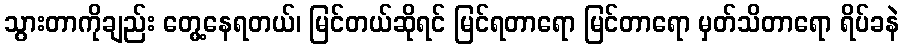
သွားတာကိုချည်း တွေ့နေရတယ်၊ မြင်တယ်ဆိုရင် မြင်ရတာရော မြင်တာရော မှတ်သိတာရော ရိပ်ခနဲ